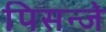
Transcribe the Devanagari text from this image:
पिसन्जे